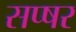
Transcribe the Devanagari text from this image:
सप्षर